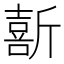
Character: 𫿽